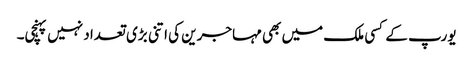
یورپ کے کسی ملک میں بھی مہاجرین کی اتنی بڑی تعداد نہیں پہنچی۔